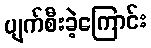
ပျက်စီးခဲ့ကြောင်း